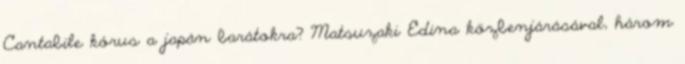
Cantabile kórus a japán barátokra? Matsuzaki Edina közbenjárásával, három